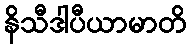
နိသီဒါပီယာမာတိ